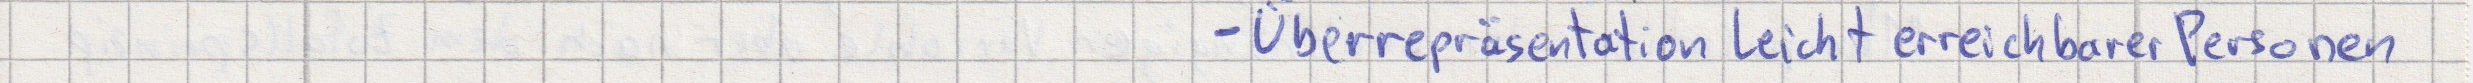
- Überrepräsentation leicht erreichbarer Personen